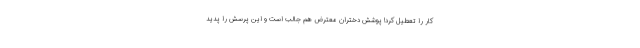
کار را تعطیل کرد! پوشش دختران معترض هم جالب است و این پرسش را پدید